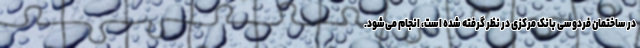
در ساختمان فردوسی بانک مرکزی در نظر گرفته شده است، انجام می‌شود.